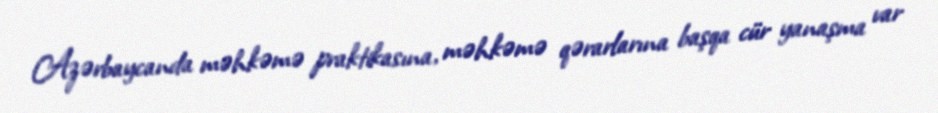
Azərbaycanda məhkəmə praktikasına, məhkəmə qərarlarına başqa cür yanaşma var